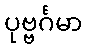
ပုဗ္ဗင်္ဂမာ